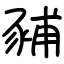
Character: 豧